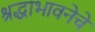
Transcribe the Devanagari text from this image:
श्रद्धाभावनेचे